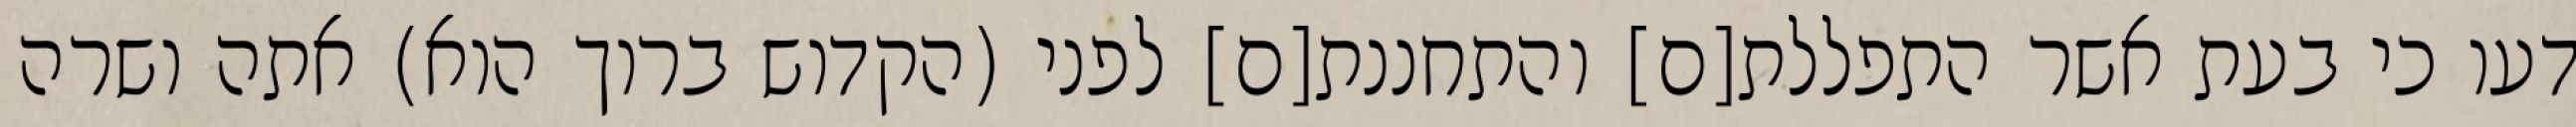
דעו כי בעת אשר התפללת[ם] והתחננת[ם] לפני (הקדוש ברוך הוא) אתה ושרה